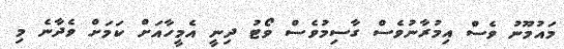
މައުމޫނު ވެސް އިމުރާނުވެސް ގާސިމުވެސް ވޯޓު ދިނީ އެމީހާއަށް ކަމަށް ވެދާނެ މި